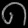
Digit: ၈